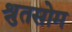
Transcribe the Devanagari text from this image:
श्रुतसोम